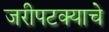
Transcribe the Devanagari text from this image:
जरीपटक्याचे